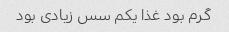
گرم بود غذا یکم سس زیادی بود